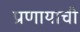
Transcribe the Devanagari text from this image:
प्रणायाची